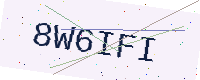
Text: 8W6IFI